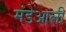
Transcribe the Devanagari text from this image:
मंडेआली